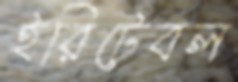
ইরিটেবল